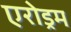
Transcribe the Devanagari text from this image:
एरोड्रम